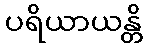
ပရိယာယန္တိ